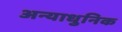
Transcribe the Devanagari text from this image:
अन्याधुनिक